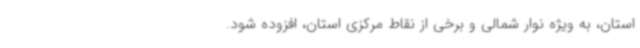
استان، به ویژه نوار شمالی و برخی از نقاط مرکزی استان، افزوده شود.